Lunatic asylums in Bengal annual reports 1888-1898 - 1888-1898
Year: 1888
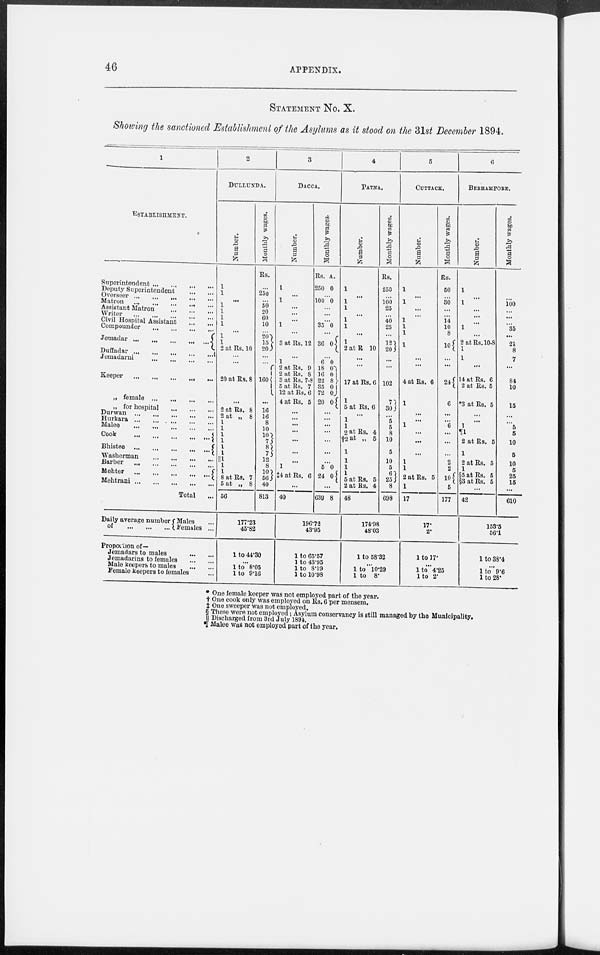
46
APPENDIX.
STATEMENT No. X.
Showing the sanctioned Establishment of the Asylums as it stood on the 31st December 1894.
1
ESTABLISHMENT.
Superintendent ... ... ... ...
Deputy Superintendent ... ...
Overseer
...
...
...
...
...
Matron ... ... ... ... ...
Assistant Matron ... ... ...
Writer ... ... ... ... ...
Civil Hospital Assistant
...
...
Compounder
...
...
...
...
Jemadar
...
...
...
...
...
Duffadar ... ... ... ... ...
Jemadarni
...
...
...
...
Keeper
...
...
...
...
...
„ female ... ... ... ...
„ for hospital
...
...
...
Durwan
...
...
...
...
...
Hurkara
...
...
...
...
...
Malee ... ... ... ... ...
Cook
...
...
...
...
...
Bhistee
...
...
...
...
...
Washerman
...
...
...
...
Barber
... ... ... ... ...
Mehter
...
...
...
...
...
Mehtrani
...
...
...
...
...
Total ...
Daily average number
of
...
...
...
Males ...
Females ...
Proportion of—
Jemadars to males ... ...
Jemadarins to females
...
...
Male keepers to males
...
...
Female keepers to females ...
2
DULLUNDA.
Number.
1
1
...
1
1
1
1
...
1
1
2 at Rs. 10
...
...
20 at Rs. 8
...
2 at Rs. 8
2 at „ 8
1
1
1
1 1
1
||1
1
1
8 at Rs. 7
5 at „ 8
56
Monthly wages.
Rs.
...
250
...
50
20
60
10
...
20
15
20
...
...
160
...
16
16
8
10
10
7
8 7
12
8
10
56
40
813
177.23
45.82
1 to 44.30
...
1 to 8.05
l to 9.16
3
DACCA.
Number.
1
...
1
...
...
...
1
...
3 at Rs. 12
...
1
2 at Rs. 9
2 at Rs. 8
3 at Rs. 7-8
5 at Rs. 7
12 at Rs. 6
4 at Rs. 5
...
...
...
...
...
...
...
1
‡4 at Rs. 6
...
40
Monthly wages.
Rs.
250
A.
0
...
100 0
...
...
...
35 0
...
36 0
... 6
18
16
22
35
72
20
0
0
0
8
0
0
0
...
...
...
...
...
...
...
5
24
0
0
...
639 8
196.72
43.95
1 to 65.57
1 to 43.95
1 to 8.19
1 to 10.98
4
PATNA.
Number.
1
...
1
1
...
1
1
...
1
2 at R 10
...
...
17 at Rs. 6
1
5 at Rs. 6
...
1
1
2 at Rs. 4
†2 at „ 5
1
1
1
1
5 at Rs. 5
2 at Rs. 4
48
Monthly wages.
Rs.
250
...
100
25
...
40
25
...
12
20
...
...
102
7
30
...
5
5
8
10
5
10
5
6
25
8
698
174.98
48.03
1 to 58.32
...
1 to 10.29
1 to 8.
5
CUTTACK.
Number.
1
...
1
...
...
1
1
1
1
...
...
4 at Rs. 6
1
...
...
1
...
...
...
1
1
2 at Rs. 5
1
17
Monthly wages.
Rs.
50
...
30
...
...
14
10
8
10
... ...
24
6
...
...
6
...
...
...
2
2
10
5
177
17.
2.
1 to 17.
...
l to 4.25
l to 2.
6
BERHAMPORE.
Number.
1
...
1
...
...
...
1
...
2 at Rs. 10-8
1
1
...
...
14 at Rs
6
2 at Rs. 5
*3 at Rs. 5
...
...
1
¶1
2 at Rs. 5
1
2 at Rs. 5
1
§5 at Rs. 5
§3 at Rs. 5
...
42
Monthly wages.
...
100
...
...
...
35
...
21
8
7
...
...
84
10
15
...
...
5
5
10
5
10
5
25
15
...
610
153.5
56.1
1 to 38.4
...
1 to 9.6
1 to 28.
* One female keeper was not employed part of the year.
† One cook only was employed on Rs. 6 per mensem.
‡ One sweeper was not employed,
§ These were not employed; Asylum conservancy is still managed by the Municipality.
|| Discharged from 3rd July 1894.
¶ Malee was not employed part of the year.